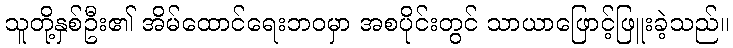
သူတို့နှစ်ဦး၏ အိမ်ထောင်ရေးဘဝမှာ အစပိုင်းတွင် သာယာဖြောင့်ဖြူးခဲ့သည်။